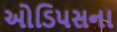
ઓડિપસના